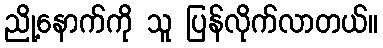
ညို့နောက်ကို သူ ပြန်လိုက်လာတယ်။